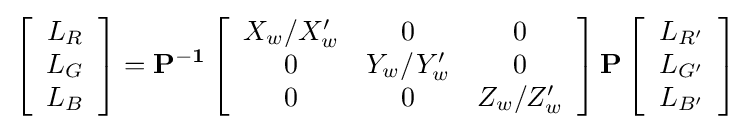
\left[{\begin{array}{c}L_{R}\\L_{G}\\L_{B}\end{array}}\right]=\mathbf {P^{-1}} \left[{\begin{array}{ccc}X_{w}/X'_{w}&0&0\\0&Y_{w}/Y'_{w}&0\\0&0&Z_{w}/Z'_{w}\end{array}}\right]\mathbf {P} \left[{\begin{array}{c}L_{R'}\\L_{G'}\\L_{B'}\end{array}}\right]